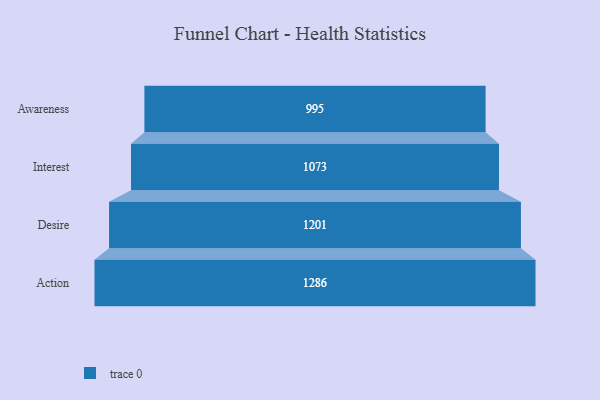
{"axis": {"x": "Stage", "y": "Value"}, "legend": [""], "data": [{"x": "Awareness", "y": 995.0, "type": ""}, {"x": "Interest", "y": 1073.0, "type": ""}, {"x": "Desire", "y": 1201.0, "type": ""}, {"x": "Action", "y": 1286.0, "type": ""}]}